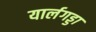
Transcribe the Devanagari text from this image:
यार्लगड्डा